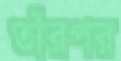
তাঁরপর